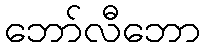
ဘော်လီဘော